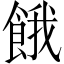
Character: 餓